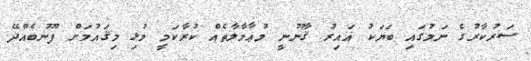
ސަރުކާރުގެ ނަމުގައި ބަޔަކު ޣައިރު ޤާނޫނީ މުޢާމާލާތެއް ކުރާކަމީ މުޅި މިޤައުމަށް ފޫނުބެއްދޭ